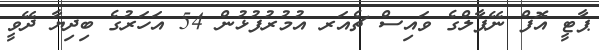
ޕާޓީ އޮފް ނޭޕާލްގެ ވައިސް ޗެއަރ އުމުރުފުޅުން 54 އަހަރުގެ ބިދިޔާ ދޭވީ